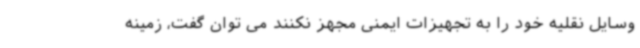
وسایل نقلیه خود را به تجهیزات ایمنی مجهز نکنند می توان گفت، زمینه